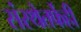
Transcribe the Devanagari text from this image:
संस्थेतर्फेही